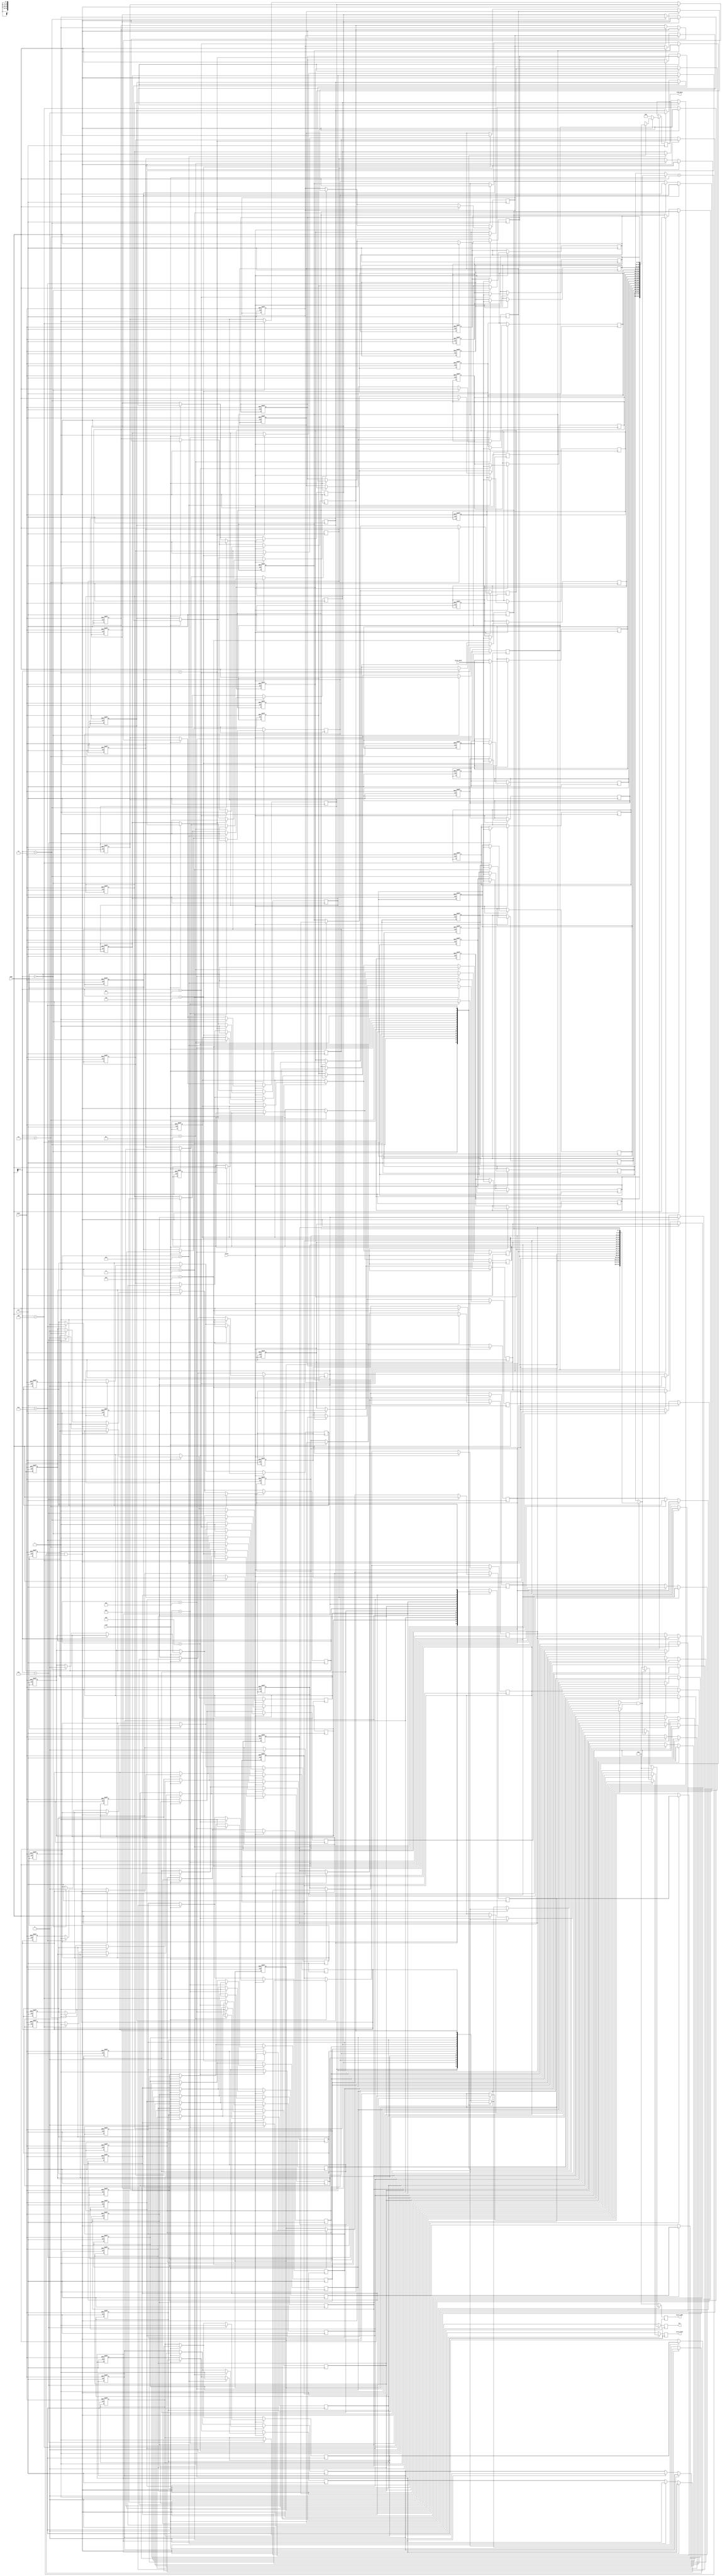
module WriteBackCache #(
    parameter CACHE_SIZE = 16, // Number of cache lines
    parameter LINE_SIZE = 32,   // Size of each cache line in bytes
    parameter ADDR_WIDTH = 8     // Address width (for simplicity)
)(
    input wire clk,
    input wire reset,
    input wire [ADDR_WIDTH-1:0] addr, // Address from CPU
    input wire [LINE_SIZE-1:0] write_data, // Data to write
    input wire read, // Read request
    input wire write, // Write request
    output reg [LINE_SIZE-1:0] read_data, // Data to return
    output reg hit, // Cache hit signal
    output reg write_back, // Signal to write back to memory
    output reg [ADDR_WIDTH-1:0] evict_addr // Address of evicted line
);

    // Cache line structure
    reg [LINE_SIZE-1:0] cache_data [0:CACHE_SIZE-1]; // Cache data
    reg [ADDR_WIDTH-1:0] tags [0:CACHE_SIZE-1]; // Tags
    reg dirty [0:CACHE_SIZE-1]; // Dirty bits
    reg valid [0:CACHE_SIZE-1]; // Valid bits

    // Cache index and tag extraction
    wire [ADDR_WIDTH-1:0] index = addr[ADDR_WIDTH-1:0]; // Assuming direct mapping for simplicity
    wire [ADDR_WIDTH-1:0] tag = addr[ADDR_WIDTH-1:0]; // Tag extraction

    integer i;

    // Cache initialization
    always @(posedge clk or posedge reset) begin
        if (reset) begin
            for (i = 0; i < CACHE_SIZE; i = i + 1) begin
                valid[i] <= 0;
                dirty[i] <= 0;
                tags[i] <= 0;
                cache_data[i] <= 0;
            end
        end
    end

    // Read/Write Logic
    always @(posedge clk) begin
        hit <= 0;
        write_back <= 0;
        evict_addr <= 0;

        if (read) begin
            // Check for cache hit
            if (valid[index] && (tags[index] == tag)) begin
                read_data <= cache_data[index];
                hit <= 1; // Cache hit
            end else begin
                // Cache miss: Fetch from memory (not implemented)
                // Load data into cache
                // If the line is dirty, write back to memory
                if (valid[index] && dirty[index]) begin
                    write_back <= 1;
                    evict_addr <= tags[index]; // Address to write back
                end
                // Load new data into cache (not implemented)
                // Update cache line
                tags[index] <= tag; // Update tag
                valid[index] <= 1; // Mark as valid
                dirty[index] <= 0; // Reset dirty bit
                read_data <= 0; // Placeholder for fetched data
            end
        end

        if (write) begin
            // Write data to cache
            cache_data[index] <= write_data;
            dirty[index] <= 1; // Set dirty bit
            valid[index] <= 1; // Mark as valid
            tags[index] <= tag; // Update tag
        end
    end
endmodule